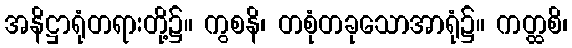
အနိဋ္ဌာရုံတရားတို့၌။ ကွစနိ၊ တစုံတခုသောအာရုံ၌။ ကတ္ထစိ၊